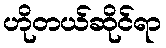
ဟိုတယ်ဆိုင်ရာ